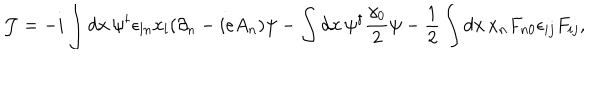
LaTeX: { \cal J } = - i \int { d { \bf x } \, \psi ^ { \dagger } \epsilon _ { l n } x _ { l } ( \partial _ { n } - i e A _ { n } ) \psi } - \int { d { \bf x } \, \psi ^ { \dagger } \frac { \gamma _ { 0 } } { 2 } \psi } - \frac { 1 } { 2 } \int { d { \bf x } \, x _ { n } F _ { n 0 } \epsilon _ { i j } F _ { i j } } ,